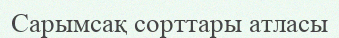
Сарымсақ сорттары атласы